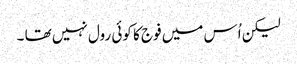
لیکن اُس میں فوج کا کوئی رول نہیں تھا ۔